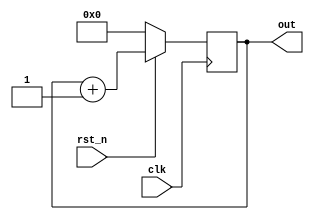
module counter(clk, rst_n, out);
	input clk;
	input rst_n;
	output reg [7:0] out;
	
	always @(negedge clk) begin
		if(!rst_n) out <= 0;
		else out <= out +1;
	end
endmodule